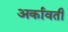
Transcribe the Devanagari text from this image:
अर्कावती